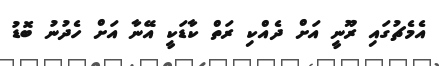
އެމެޗުގައި ރޫނީ އަށް ދެއްކި ރަތް ކާޑަކީ އޭނާ އަށް ހެދުނު ބޮޑު